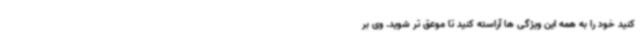
کنید خود را به همه این ویژگی ها آراسته کنید تا موعق تر شوید. وی بر